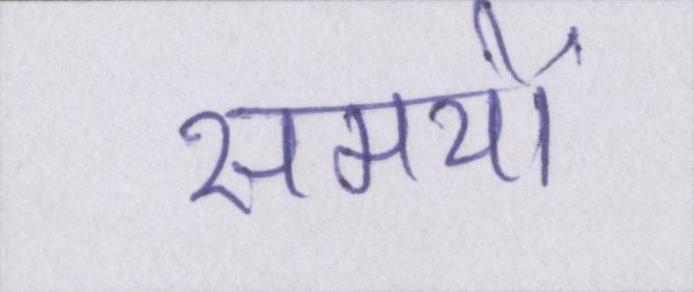
समयों